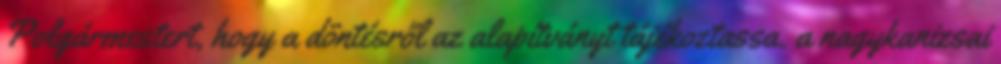
Polgármestert, hogy a döntésről az alapítványt tájékoztassa. a nagykanizsai